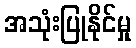
အသုံးပြုနိုင်မှု